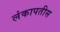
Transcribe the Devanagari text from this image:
लंकापतीस